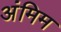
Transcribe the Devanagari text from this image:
अंमिम